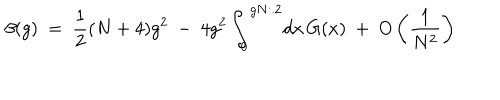
LaTeX: \beta ( g ) ~ = ~ \frac { 1 } { 2 } ( N + 4 ) g ^ { 2 } ~ - ~ 4 g ^ { 2 } \int _ { 0 } ^ { g N / 2 } \! d x \, G ( x ) ~ + ~ O \left( \frac { 1 } { N ^ { 2 } } \right)